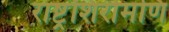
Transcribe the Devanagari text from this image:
राष्ट्रशिरोमणि